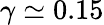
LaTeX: \gamma\simeq 0.15